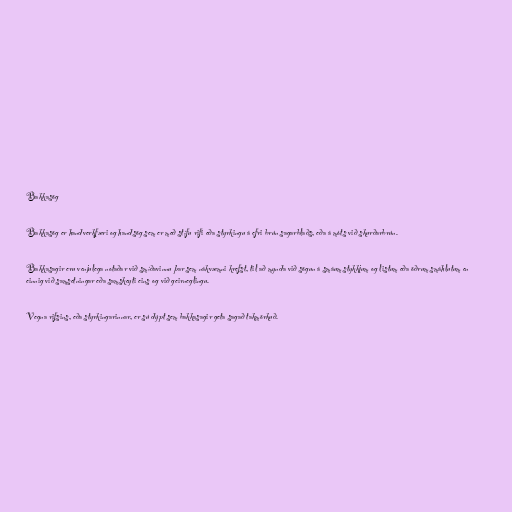
Bakkasög

Bakkasög er handverkfæri og handsög sem er með stífu rifi eða styrkingu á efri brún sagarblaðs, eða á móts við skurðarbrún.

Bakkasagir eru venjulega notaðar við smíðavinnu þar sem nákvæmni krefst, til að mynda við sögun á smáum stykkjum og listum eða öðrum smáhlutum en
einnig við samsetningar eða samskeyti eins og við geirneglingu.

Vegna rifsins, eða styrkingarinnar, er sú dýpt sem bakkasagir geta sagað takmörkuð.